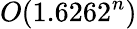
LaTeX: O(1.6262^{n})